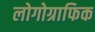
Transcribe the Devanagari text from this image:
लोगोग्राफिक